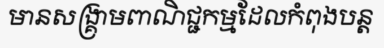
មានសង្គ្រាមពាណិជ្ជកម្មដែលកំពុងបន្ត